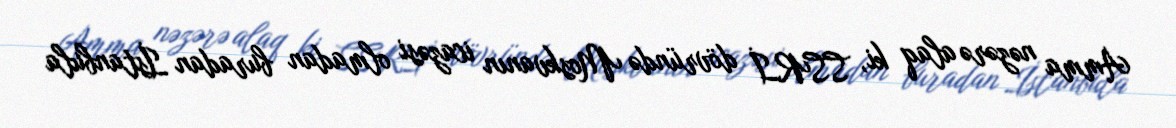
Amma nəzərə alaq ki, SSRİ dövründə Moskvanın icazəsi olmadan buradan İstanbula